Indian journal of veterinary science and animal husbandry - Volumes 15-17, 1948-1951
Year: 1948
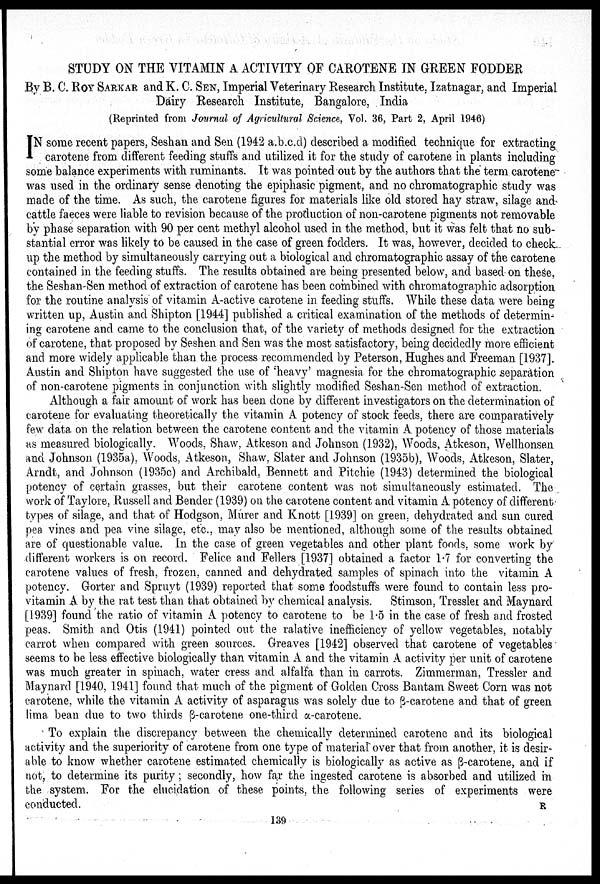
STUDY ON THE VITAMIN A ACTIVITY OF CAROTENE IN GREEN FODDER
By B. C. ROY SARKAR and K. C. SEN, Imperial Veterinary Research Institute, Izatnagar, and Imperial
Dairy Research Institute, Bangalore, India
(Reprinted from Journal of Agricultural Science, Vol. 36, Part 2, April 1946)
I N some recent papers, Seshan and Sen (1942 a.b.c.d) described a modified technique for extracting
carotene from different feeding stuffs and utilized it for the study of carotene in plants including
some balance experiments with ruminants. It was pointed out by the authors that the term carotene
was used in the ordinary sense denoting the epiphasic pigment, and no chromatographic study was
made of the time. As such, the carotene figures for materials like old stored hay straw, silage and
cattle faeces were liable to revision because of the production of non-carotene pigments not removable
by phase separation with 90 per cent methyl alcohol used in the method, but it was felt that no sub-
stantial error was likely to be caused in the case of green fodders. It was, however, decided to check
up the method by simultaneously carrying out a biological and chromatographic assay of the carotene
contained in the feeding stuffs. The results obtained are being presented below, and based on these,
the Seshan-Sen method of extraction of carotene has been combined with chromatographic adsorption
for the routine analysis of vitamin A-active carotene in feeding stuffs. While these data were being
written up, Austin and Shipton [1944] published a critical examination of the methods of determin-
ing carotene and came to the conclusion that, of the variety of methods designed for the extraction
of carotene, that proposed by Seshen and Sen was the most satisfactory, being decidedly more efficient
and more widely applicable than the process recommended by Peterson, Hughes and Freeman [1937].
Austin and Shipton have suggested the use of 'heavy' magnesia for the chromatographic separation
of non-carotene pigments in conjunction with slightly modified Seshan-Sen method of extraction.
Although a fair amount of work has been done by different investigators on the determination of
carotene for evaluating theoretically the vitamin A potency of stock feeds, there are comparatively
few data on the relation between the carotene content and the vitamin A potency of those materials
as measured biologically. Woods, Shaw, Atkeson and Johnson (1932), Woods, Atkeson, Wellhonsen
and Johnson (1935a), Woods, Atkeson, Shaw, Slater and Johnson (1935b), Woods, Atkeson, Slater,
Arndt, and Johnson (1935c) and Archibald, Bennett and Pitchie (1943) determined the biological
potency of certain grasses, but their carotene content was not simultaneously estimated. The
work of Taylore, Russell and Bender (1939) on the carotene content and vitamin A potency of different
types of silage, and that of Hodgson, Murer and Knott [1939] on green, dehydrated and sun cured
pea vines and pea vine silage, etc., may also be mentioned, although some of the results obtained
are of questionable value. In the case of green vegetables and other plant foods, some work by
different workers is on record. Felice and Fellers [1937] obtained a factor 1.7 for converting the
carotene values of fresh, frozen, canned and dehydrated samples of spinach into the vitamin A
potency. Gorter and Spruyt (1939) reported that some foodstuffs were found to contain less pro-
vitamin A by the rat test than that obtained by chemical analysis. Stimson, Tressler and Maynard
[1939] found the ratio of vitamin A potency to carotene to be 1.5 in the case of fresh and frosted
peas. Smith and Otis (1941) pointed out the ralative inefficiency of yellow vegetables, notably
carrot when compared with green sources. Greaves [1942] observed that carotene of vegetables
seems to be less effective biologically than vitamin A and the vitamin A activity per unit of carotene
was much greater in spinach, water cress and alfalfa than in carrots. Zimmerman, Tressler and
Maynard [1940, 1941] found that much of the pigment of Golden Cross Bantam Sweet Corn was not
carotene, while the vitamin A activity of asparagus was solely due to ß-carotene and that of green
lima bean due to two thirds ß-carotene one-third α-carotene.
To explain the discrepancy between the chemically determined carotene and its biological
activity and the superiority of carotene from one type of material over that from another, it is desir
able to know whether carotene estimated chemically is biologically as active as ß-carotene, and if
not, to determine its purity; secondly, how far the ingested carotene is absorbed and utilized in
the system. For the elucidation of these points, the following series of experiments were
conducted.
R
139